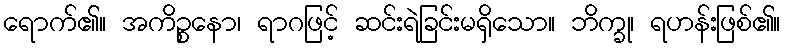
ရောက်၏။ အကိဉ္စနော၊ ရာဂဖြင့် ဆင်းရဲခြင်းမရှိသော။ ဘိက္ခု၊ ရဟန်းဖြစ်၏။